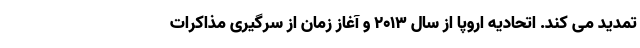
تمدید می کند. اتحادیه اروپا از سال 2013 و آغاز زمان از سرگیری مذاکرات